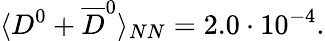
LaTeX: \langle D^{0}+\overline{{{D}}}^{0}\rangle_{NN}=2.0\cdot 10^{-4}.